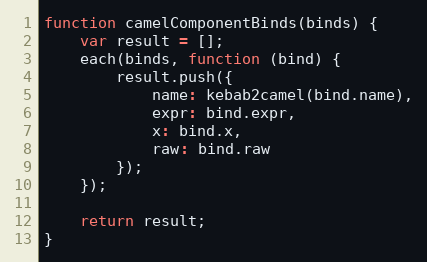
Language: JavaScript
function camelComponentBinds(binds) {
    var result = [];
    each(binds, function (bind) {
        result.push({
            name: kebab2camel(bind.name),
            expr: bind.expr,
            x: bind.x,
            raw: bind.raw
        });
    });

    return result;
}